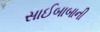
સાઈબાબાની